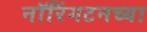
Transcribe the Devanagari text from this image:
नॉरिंगटनच्या